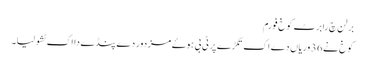
برلن چ رابرٹ کوخ فورم
کوخ نے 36 وریاں دے اک تکڑے پر ٹی بی ہوۓ مزدور دے پنڈے دا اک ٹشو لیا۔